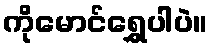
ကိုမောင်ရွှေပါပဲ။